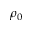
\rho _ { 0 }